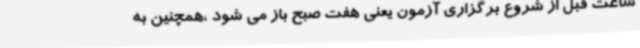
ساعت قبل از شروع برگزاری آزمون یعنی هفت صبح باز می شود ،همچنین به